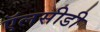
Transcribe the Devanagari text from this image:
ऍलसीडी